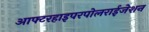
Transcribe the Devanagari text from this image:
आफ्टरहाइपरपोलराईजेशन